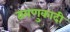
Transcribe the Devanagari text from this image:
द्वयणुकादी